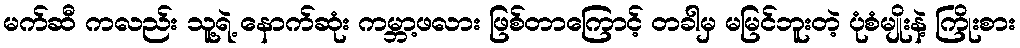
မက်ဆီ ကလည်း သူ့ရဲ့ နောက်ဆုံး ကမ္ဘာ့ဖလား ဖြစ်တာကြောင့် တခါမှ မမြင်ဘူးတဲ့ ပုံစံမျိုးနဲ့ ကြိုးစား